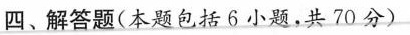
四、解答题(本题包括6小题，共70分)